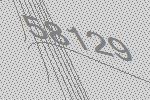
58129